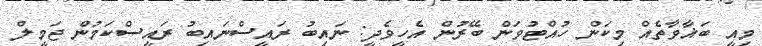
މިއީ ބަޣާވާތެއް މިކަން ހުއްޓުވަން ބޭރުން އެހީވެދީ: ނައިބު ރައީސްނައިބު ރައީސްކަމުން ޖަމީލް